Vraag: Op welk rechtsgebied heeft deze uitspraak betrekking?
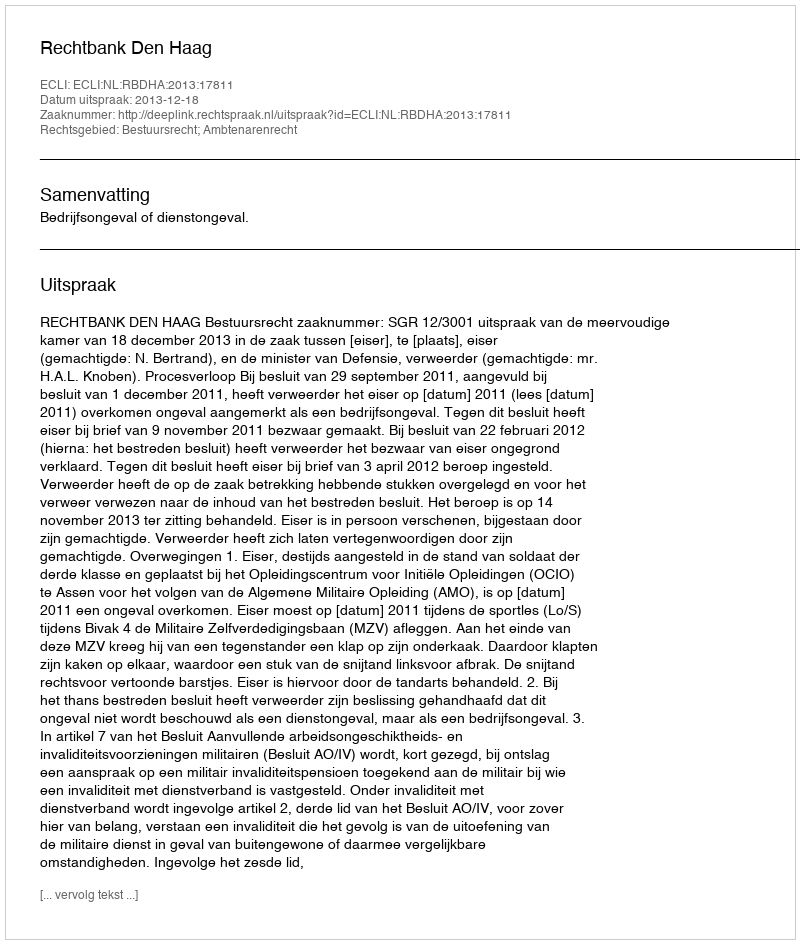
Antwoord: Bestuursrecht; Ambtenarenrecht